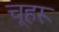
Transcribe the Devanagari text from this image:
चूहरू